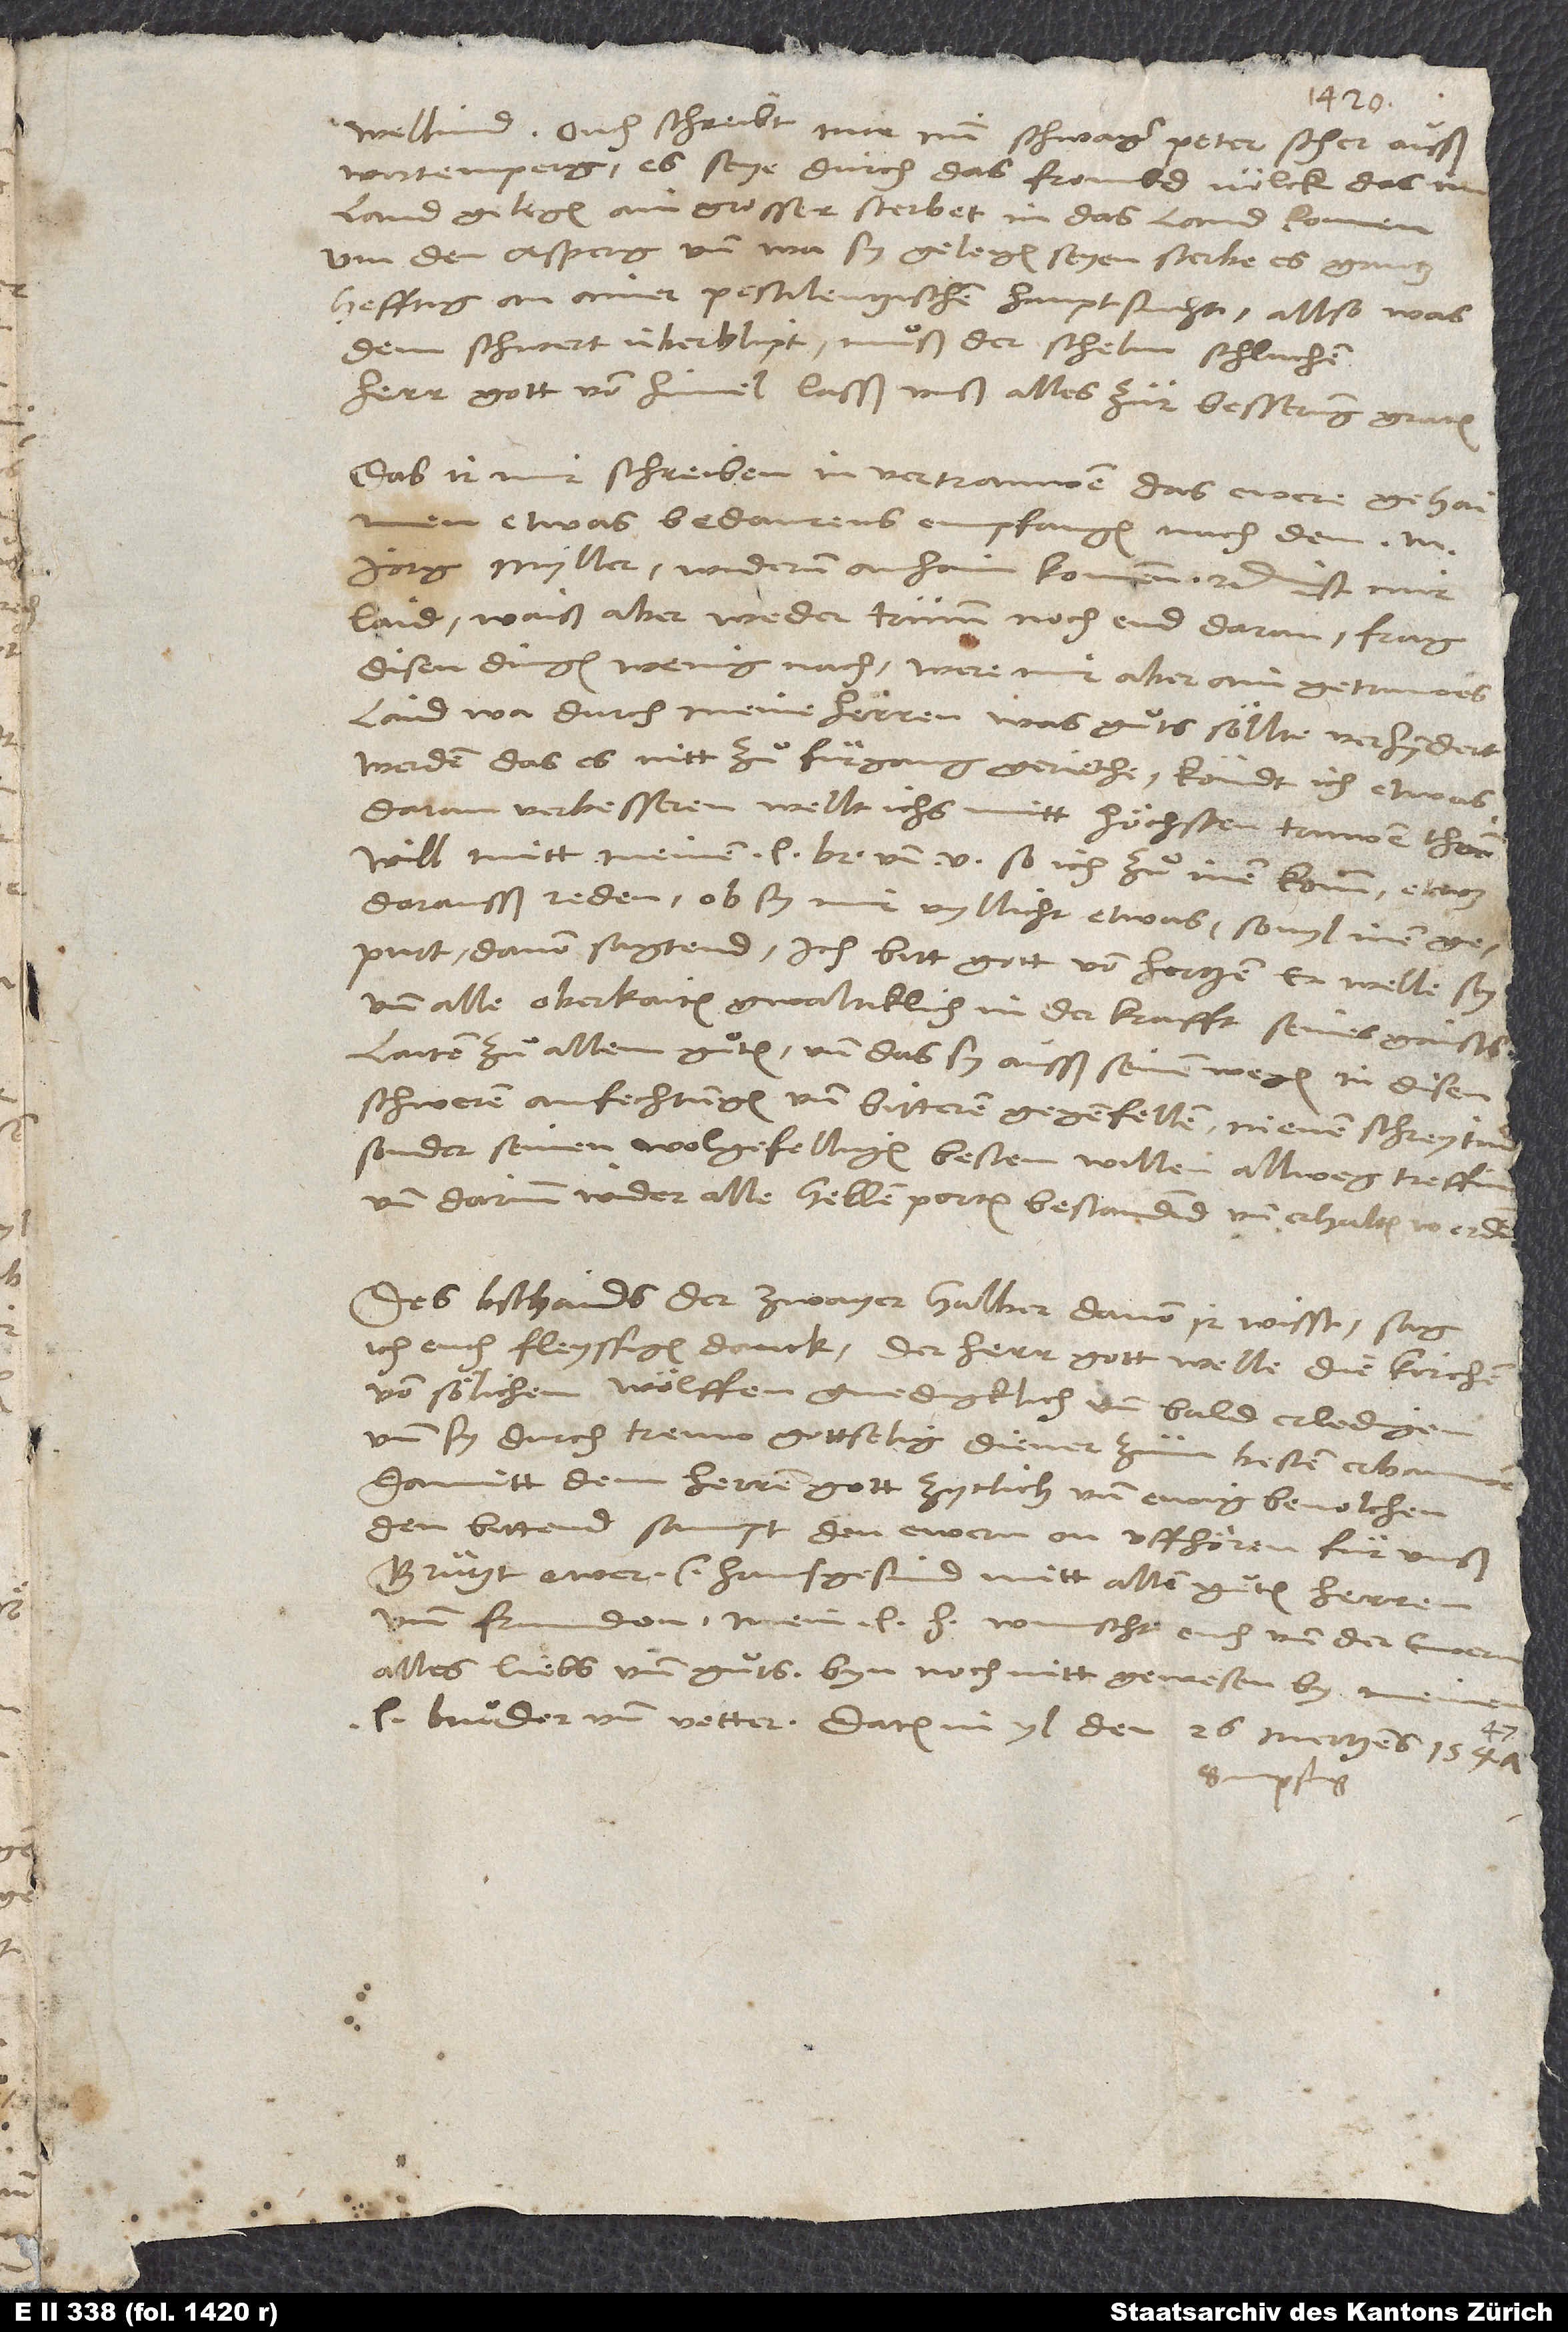
wellind. Ouch schreibt mir min schwager Peter Scher ausß
Wirtemperg, es seye durch das frembd volck, das im
land gelegen, ain grosser sterbet in das land komen.
Um den Asperg und wa sy gelegen seyen, sterbe es gantz
hefftig an ainer pestilentzischen hauptsucht. Allso, was
dem schwert überblipt, muͦß der schelm schlachen.
Herr gott vom himel, lasß unß alles zur besserung graten!
Das ir mir schreiben in vertrauwen, das ewere gehaimen
etwas bedaurens empfangen, nachdem m.
Jörg Myller widerum anhaim kommen, etc., ist mir
laid. Waiß aber weder trumm noch end daran. Frag
disen dingen wenig nach. Were mir aber ain getruwes
laid, wa durch meine herren was guͦts soͤllte verhyndert
werden, das es nitt zuͦ fuͤrgang geriethe. Köndt ich etwas
daran verbesseren, wellt ichs mitt hoͤchsten truwen thain.
Will mitt meinen l, so ich zuͦ inen komm, etwas
darausß reden, ob sy mir vyllicht etwas, so vyl inen
gepurt, davon sagtend. Ich bitt gott von hertzen, er welle sy
und alle oberkaiten gwaltiklich in der krafft seines gaists
laiten zuͦ allem guͦten, und das sy ausß seinen wegen in disen
schweren anfechtungen und bitteren gegenfellen nienen schreytind,
sonder seinen wolgefelligen, besten willen allweg treffind
und darinn wider alle hellenporten bestandind und erhalten werdind.
Des bschaids der zwayer halber, davon ir wisst, sag
ich euch fleyssigen danck. Der herr gott welle die kirchen
von soͤlichen wölffen gnedigklich und bald erledigen
und sy durch treuw gottselig diener zum besten erbauwen!
Damitt dem herren gott zytlich und ewig bevolchen.
Den bittend sampt den ewern on uffhoͤren fuͤr unß.
Gruͤtzt ewer lieb hausgesind mitt allen guͦten herren
und frunden. Mein liebe h wunscht euch und der ewern
alles liebs und guͦts. Byn noch nitt gewesen by meinem
bruͦder und vetter. Datum in yl, den 26. mertzens 1547,
sampstag.